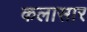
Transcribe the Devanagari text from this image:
कलासार